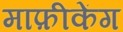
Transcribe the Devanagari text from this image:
माफ़ीकेंग